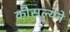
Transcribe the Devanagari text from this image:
कौसल्येने